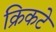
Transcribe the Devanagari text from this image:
क्रिकटे